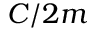
C / 2 m